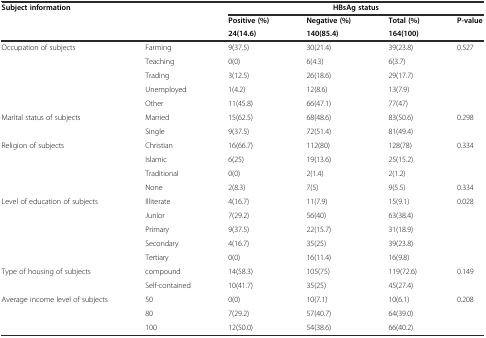
| <ROWSPAN=3-COLSPAN=2> Subject information | <COLSPAN=4> HBsAg status |
 | Positive (%) | Negative (%) | Total (%) | <ROWSPAN=2> P-value |
 | 24(14.6) | 140(85.4) | 164(100) |
 | --- | --- | --- | --- | --- | --- |
 | <ROWSPAN=5> Occupation of subjects | Farming | 9(37.5) | 30(21.4) | 39(23.8) | <ROWSPAN=5> 0.527 |
 | Teaching | 0(0) | 6(4.3) | 6(3.7) |
 | Trading | 3(12.5) | 26(18.6) | 29(17.7) |
 | Unemployed | 1(4.2) | 12(8.6) | 13(7.9) |
 | Other | 11(45.8) | 66(47.1) | 77(47) |
 | <ROWSPAN=2> Marital status of subjects | Married | 15(62.5) | 68(48.6) | 83(50.6) | <ROWSPAN=2> 0.298 |
 | Single | 9(37.5) | 72(51.4) | 81(49.4) |
 | <ROWSPAN=4> Religion of subjects | Christian | 16(66.7) | 112(80) | 128(78) | <ROWSPAN=3> 0.334 |
 | Islamic | 6(25) | 19(13.6) | 25(15.2) |
 | Traditional | 0(0) | 2(1.4) | 2(1.2) |
 | None | 2(8.3) | 7(5) | 9(5.5) | 0.334 |
 | <ROWSPAN=5> Level of education of subjects | Illiterate | 4(16.7) | 11(7.9) | 15(9.1) | <ROWSPAN=5> 0.028 |
 | Junior | 7(29.2) | 56(40) | 63(38.4) |
 | Primary | 9(37.5) | 22(15.7) | 31(18.9) |
 | Secondary | 4(16.7) | 35(25) | 39(23.8) |
 | Tertiary | 0(0) | 16(11.4) | 16(9.8) |
 | <ROWSPAN=2> Type of housing of subjects | compound | 14(58.3) | 105(75) | 119(72.6) | <ROWSPAN=2> 0.149 |
 | Self-contained | 10(41.7) | 35(25) | 45(27.4) |
 | <ROWSPAN=3> Average income level of subjects | 50 | 0(0) | 10(7.1) | 10(6.1) | <ROWSPAN=3> 0.208 |
 | 80 | 7(29.2) | 57(40.7) | 64(39.0) |
 | 100 | 12(50.0) | 54(38.6) | 66(40.2) |